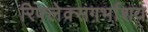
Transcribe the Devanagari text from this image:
रिफ्लेक्सगर्भाशय